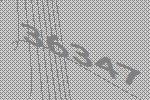
36347